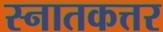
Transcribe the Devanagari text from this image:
स्नातकत्तर